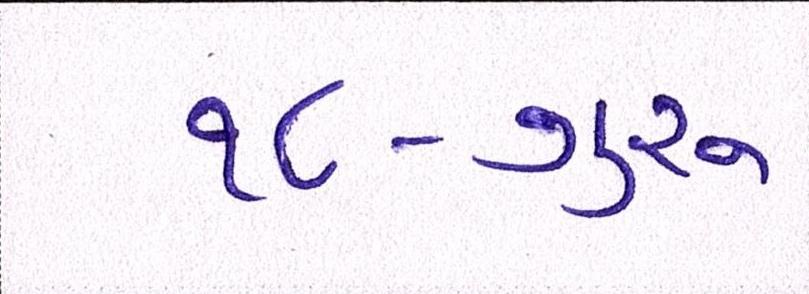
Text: ૧૮-ગુરૂ